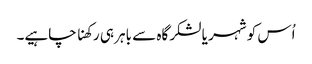
اُس کو شہر یا لشکرگاہ سے باہر ہی رکھنا چاہیے۔